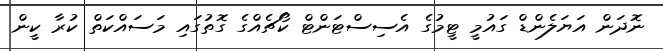
ނޮދަން އަޔަލެންޑް ގައުމީ ޓީމުގެ އެސިސްޓަންޓް ކޯޗެއްގެ ގޮތުގައި މަސައްކަތް ކުރާ ކީން